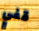
قفي